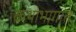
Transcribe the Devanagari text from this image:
कथाभागात